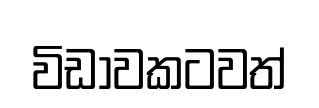
විඩාවකටවත්